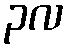
၃လ